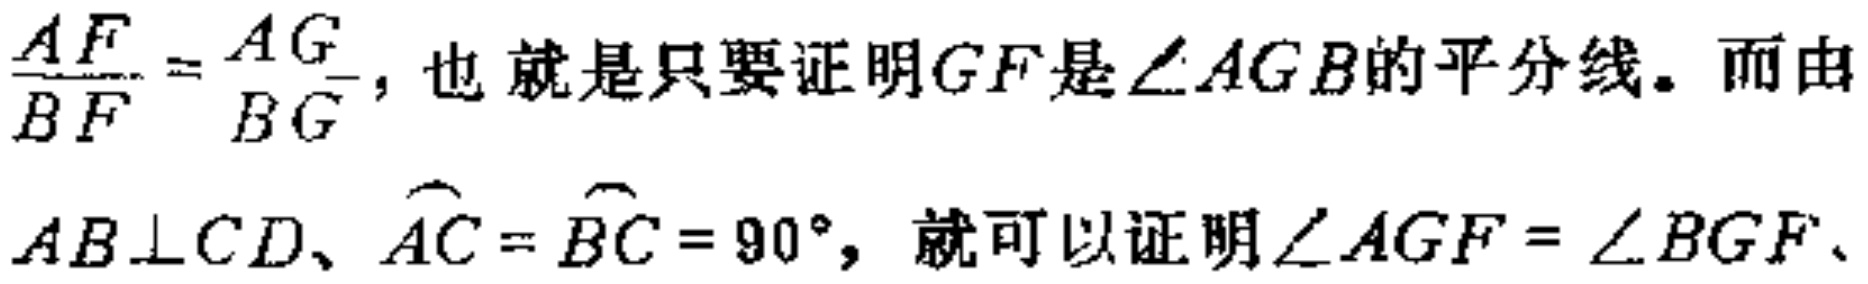
$\frac{AF}{BF}=\frac{AG}{BG}$，也就是只要证明$GF$是$\angle AGB$的平分线。而由$AB\perp CD、\overset{\frown}{AC}=\overset{\frown}{BC}=90^{\circ}$，就可以证明$\angle AGF = \angle BGF$、